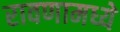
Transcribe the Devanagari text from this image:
रावणामध्ये